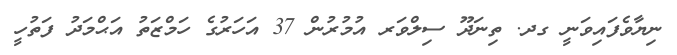
ނިޔާވެފައިވަނީ ގދ. ތިނަދޫ ސިލްވަރ އުމުރުން 37 އަހަރުގެ ހަމްޒަތު އަޙްމަދު ފަތުހީ